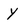
Character: y